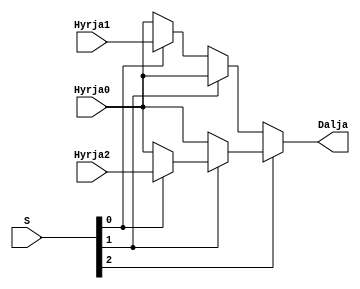
`timescale 1ns / 1ps
//////////////////////////////////////////////////////////////////////////////////
// Company: 
// Engineer: 
// 
// Design Name: 
// Module Name: mux3ne1
// Project Name: 
// Target Devices: 
// Tool Versions: 
// Description: 
// 
// Dependencies: 
// 
// Revision:
// Revision 0.01 - File Created
// Additional Comments:
// 
//////////////////////////////////////////////////////////////////////////////////


module mux3ne1(
    input[15:0] Hyrja0, //operacionet e ALU1b
    input[15:0] Hyrja1, //SLTI
    input[15:0] Hyrja2, //MOD
    input[2:0] S,
    output[15:0] Dalja
    );
    
  // s 000 h0  ANDI
  // s 001 h1  SLTI
  // s 010 h2  ORI
 // s 011 h3  XOR
 // s 100 h4  SUB
 // s 101 h5  ADDI
 // s 110 h6  LESS
 // s 111 h7  MOD 
 
assign Dalja = S[2] ? ( S[1] ? ( S[0] ? Hyrja2 : Hyrja0) : ( S[0] ? Hyrja0 : Hyrja0)) : (S[1] ? (S[0] ? Hyrja0 : Hyrja0) : (S[0] ? Hyrja1 : Hyrja0));
  
endmodule